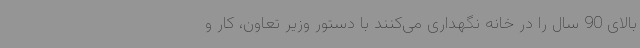
بالای 90 سال را در خانه نگهداری می‌کنند با دستور وزیر تعاون، کار و